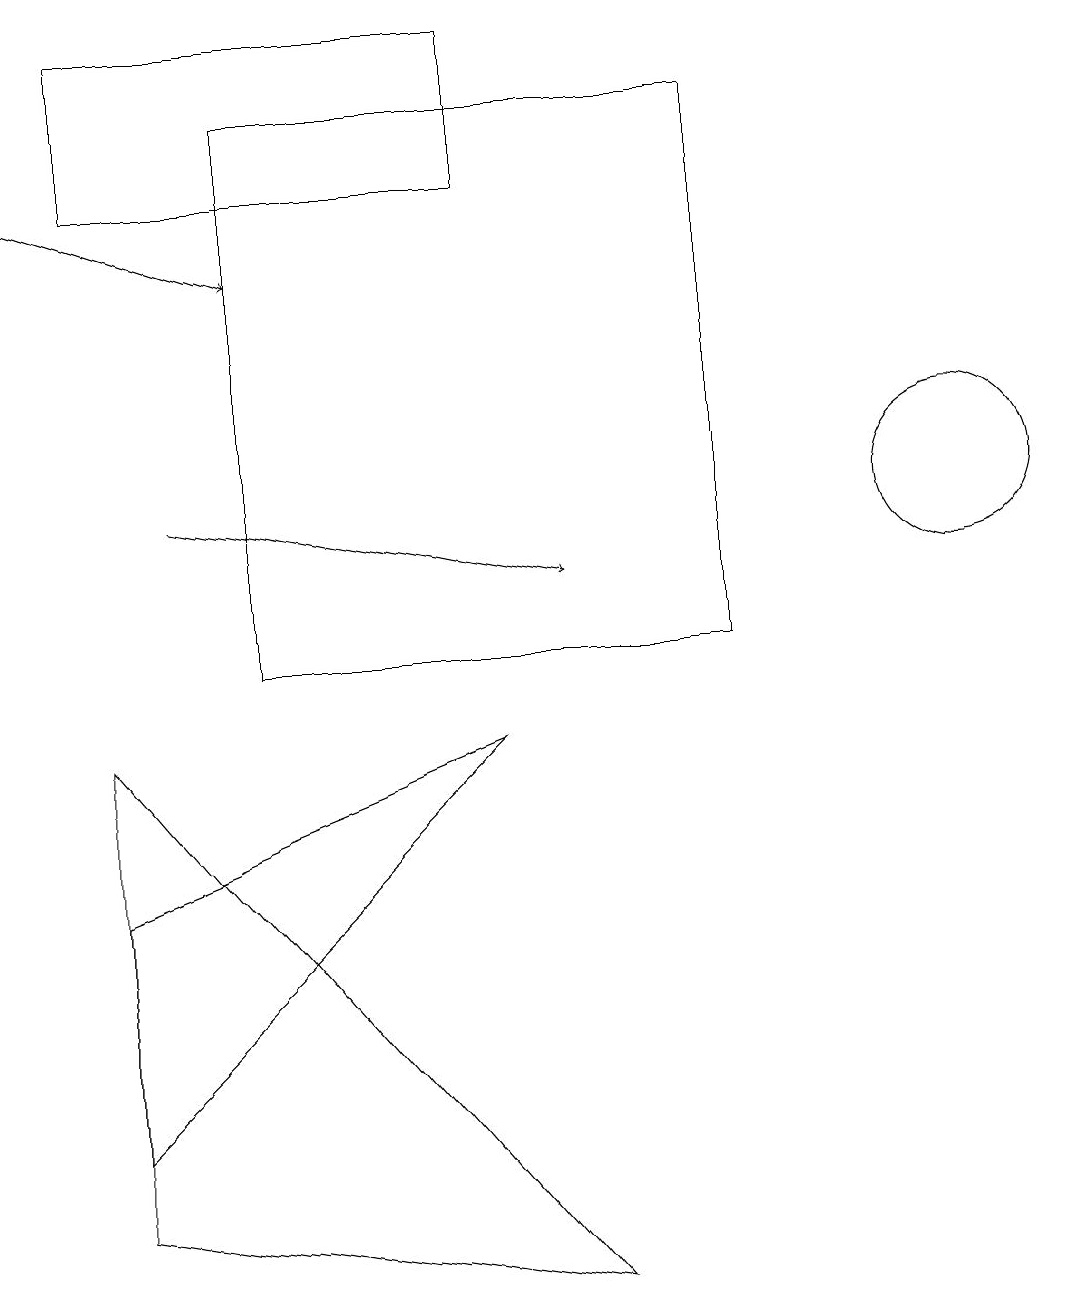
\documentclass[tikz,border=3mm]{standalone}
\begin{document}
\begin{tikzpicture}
\draw (1,7) -- (6,9) -- (1,4) -- cycle;
\draw[->] (0,16) -- (3,15);
\draw (12,12) circle (1);
\draw (6,16) rectangle (1,18);
\draw (9,10) rectangle (3,17);
\draw (1,9) -- (1,3) -- (7,2) -- cycle;
\draw[->] (2,12) -- (7,11);
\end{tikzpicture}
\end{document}